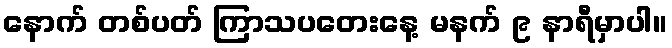
နောက် တစ်ပတ် ကြာသပတေးနေ့ မနက် ၉ နာရီမှာပါ။